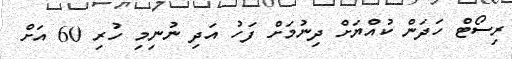
ރިސޯޓް ހަދަން ކުއްޔަށް ދިނުމަށް ފަހު އަދި ނުނިމި ހުރި 60 އަށް